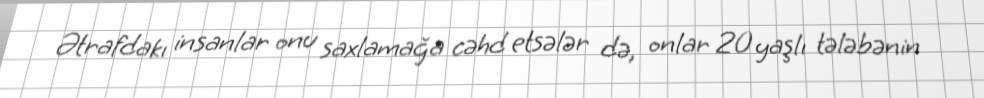
Ətrafdakı insanlar onu saxlamağa cəhd etsələr də, onlar 20 yaşlı tələbənin